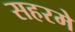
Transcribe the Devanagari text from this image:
सहरमे